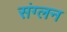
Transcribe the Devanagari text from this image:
संग्लन